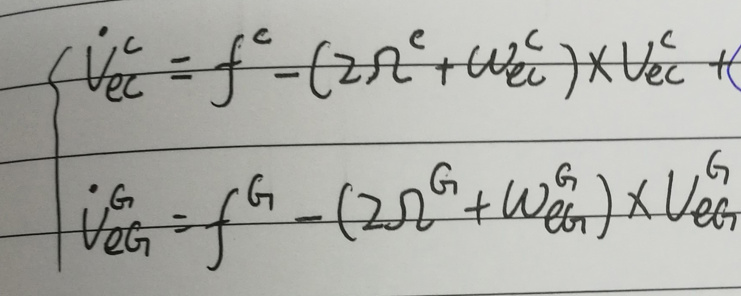
\[
\begin{cases}
\dot{V}_{ec}^c = f^c - (2\Omega^c + \omega_{ec}^c) \times V_{ec}^c + (\\
\dot{V}_{eG}^G = f^G - (2\Omega^G + \omega_{eG}^G) \times V_{eG}^G
\end{cases}
\]